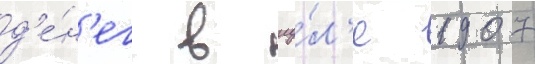
д'е́н'ег в иу́л'е 1907